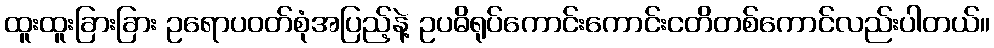
ထူးထူးခြားခြား ဥရောပဝတ်စုံအပြည့်နဲ့ ဥပဓိရုပ်ကောင်းကောင်းငတိတစ်ကောင်လည်းပါတယ်။